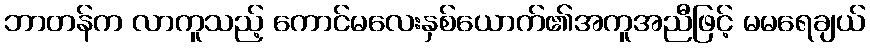
ဘာတန်က လာကူသည့် ကောင်မလေးနှစ်ယောက်၏အကူအညီဖြင့် မမရေချယ်